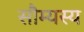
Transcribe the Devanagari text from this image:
सौम्यस्य